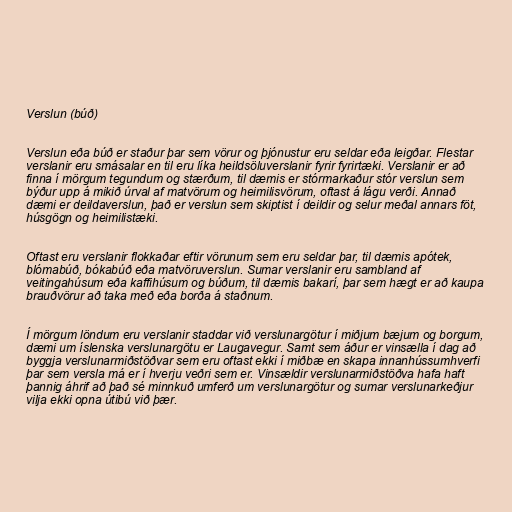
Verslun (búð)

Verslun eða búð er staður þar sem vörur og þjónustur eru seldar eða leigðar. Flestar
verslanir eru smásalar en til eru líka heildsöluverslanir fyrir fyrirtæki. Verslanir er að
finna í mörgum tegundum og stærðum, til dæmis er stórmarkaður stór verslun sem
býður upp á mikið úrval af matvörum og heimilisvörum, oftast á lágu verði. Annað
dæmi er deildaverslun, það er verslun sem skiptist í deildir og selur meðal annars föt,
húsgögn og heimilistæki.

Oftast eru verslanir flokkaðar eftir vörunum sem eru seldar þar, til dæmis apótek,
blómabúð, bókabúð eða matvöruverslun. Sumar verslanir eru sambland af
veitingahúsum eða kaffihúsum og búðum, til dæmis bakarí, þar sem hægt er að kaupa
brauðvörur að taka með eða borða á staðnum.

Í mörgum löndum eru verslanir staddar við verslunargötur í miðjum bæjum og borgum,
dæmi um íslenska verslunargötu er Laugavegur. Samt sem áður er vinsælla í dag að
byggja verslunarmiðstöðvar sem eru oftast ekki í miðbæ en skapa innanhússumhverfi
þar sem versla má er í hverju veðri sem er. Vinsældir verslunarmiðstöðva hafa haft
þannig áhrif að það sé minnkuð umferð um verslunargötur og sumar verslunarkeðjur
vilja ekki opna útibú við þær.